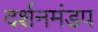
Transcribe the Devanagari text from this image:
दर्शनमंडप